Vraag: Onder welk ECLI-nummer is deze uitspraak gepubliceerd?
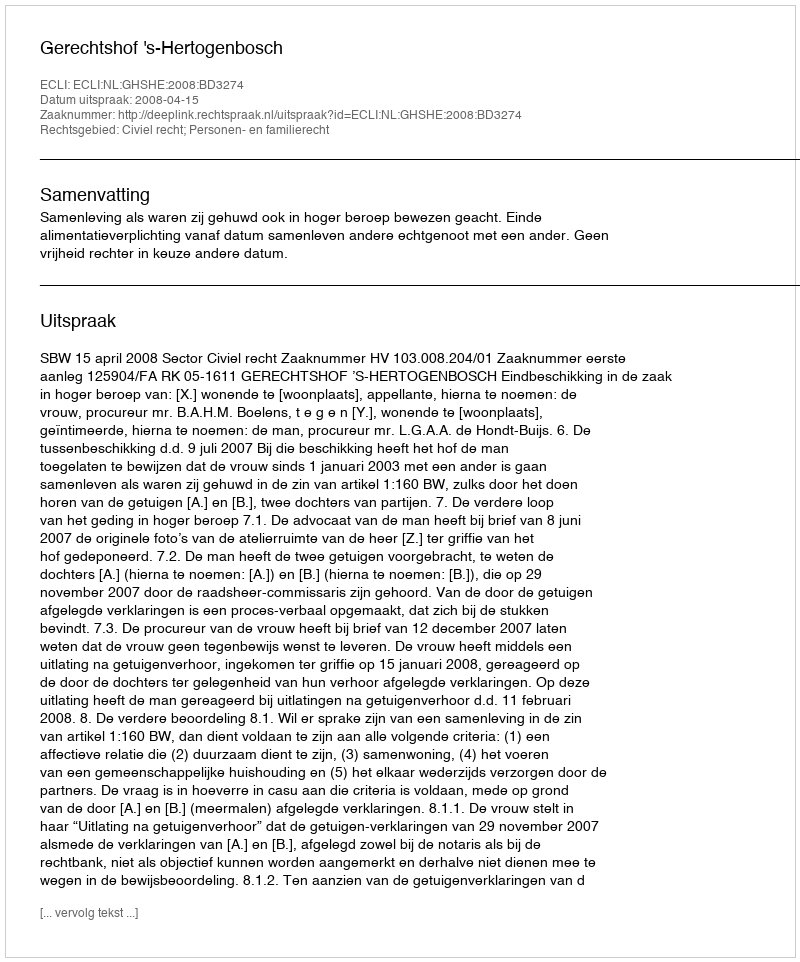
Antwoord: ECLI:NL:GHSHE:2008:BD3274